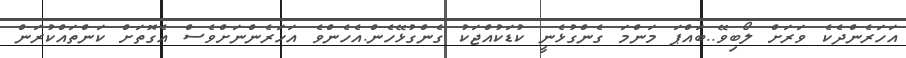
އަހަރެންދެކެ ވަރަށް ލޯބިވޭ..ބައްޕަ މަންމަ ގެންގުޅެނީ ކުޑަކުއްޖަކު ގެންގުޅޭހެން.އެހެންވެ އަހަރެންނަށްވެސް އެގޮތަށް ކަންތައްކުރަން